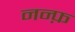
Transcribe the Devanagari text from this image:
नन्फ़